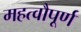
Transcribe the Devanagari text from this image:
महत्वौपूर्ण